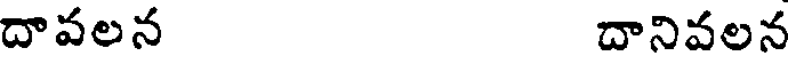
దావలన దానివలన